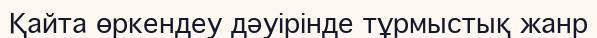
Қайта өркендеу дәуірінде тұрмыстық жанр